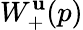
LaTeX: W_{+}^{\mathbf{u}}(p)